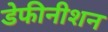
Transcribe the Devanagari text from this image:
डेफीनीशन